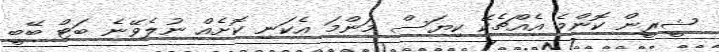
ޝީރީން ކޮންމެ އެއްޗެކޭ ކިޔަސް މަންމަ އެކަނި ކޮށެއް ނުލެވޭނެ ބަޓް ބޭބީ